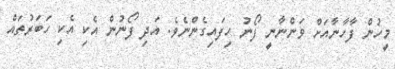
މީހުން ފާހާނާއަށް ވަންނާނީ ފޯނު ހިފައިގެންނެވެ. އަދި ފޯނުން އެކި އެކި ހަބަރުތައް